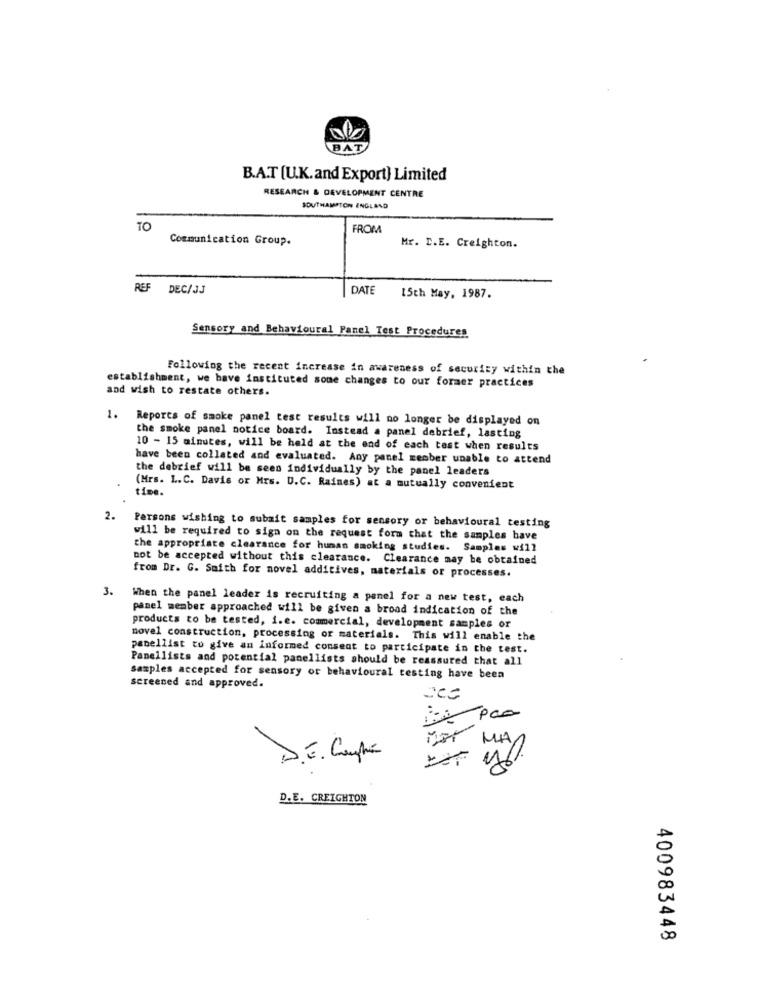
BAT
B.A.T [U.K.and Export) Limited
RESEARCH & DEVELOPMENT CENTRE
SOUTHAMPTON ENGLAND
TO
FROM
Communication Group.
Mr. D.E. Creighton.
REF DEC/JJ
DAT
15th May, 1987.
Sensory and Behavioural Panel Test Procedures
Following the recent increase in awareness of security within the
and wish to restate others.
establishment, we have instituted some changes to our former practices
Reports of smoke panel test results will no longer be displayed on
the smoke panel notice board. Instead a panel debrief, lasting
10 - 15 minutes, will be held at the end of each test when results
have been collated and evaluated. Any panel zember unable to attend
the debrief will be seen individually by the panel leaders
(Mrs. L.C. Davis or Mrs. U.C. Raines) at a mutually convenient
time.
2.
Persons wishing to submit samples for sensory or behavioural testing
will be required to sign on the request form that the samples have
the appropriate clearance for human smoking studies. Samples will
not be accepted without this clearance. Clearance may be obtained
from Dr. G. Saith for novel additives, materials or processes.
3.
When the panel leader is recruiting a panel for a new test, each
panel member approached will be given a broad indication of the
products to be tested, i.e. commercial, development samples or
novel construction, processing or materials. This will enable the
panellist to give an informed consent to participate in the test.
Panellists and potential panellists should be reassured that all
Samples accepted for sensory or behavioural testing have been
screened and approved.
MIT MA
D.E. Compra
D.E. CREIGHTON
400983448